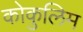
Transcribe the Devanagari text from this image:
कोकुलिम